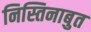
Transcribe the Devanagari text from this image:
निस्तिनाबुत